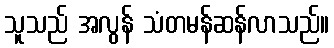
သူသည် အလွန် သံတမန်ဆန်လာသည်။